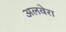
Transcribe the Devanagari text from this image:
अलवेरा